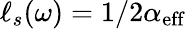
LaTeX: {\ell_{s}(\omega)=1/2\alpha_{\mathrm{eff}}}